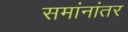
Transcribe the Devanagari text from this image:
समांनांतर